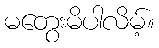
မတွေးမိပါလိမ့်။